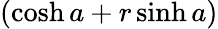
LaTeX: (\cosh{a}+r\sinh{a})